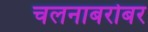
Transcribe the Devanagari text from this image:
चलनाबरोबर